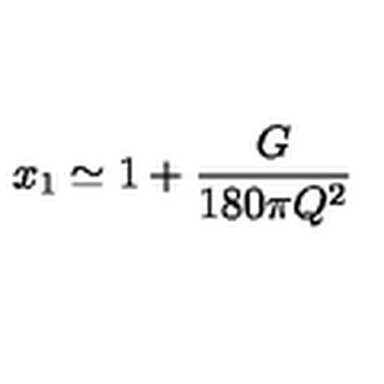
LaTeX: x _ { 1 } \simeq 1 + { \frac { G } { 1 8 0 \pi Q ^ { 2 } } }